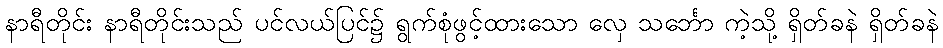
နာရီတိုင်း နာရီတိုင်းသည် ပင်လယ်ပြင်၌ ရွက်စုံဖွင့်ထားသော လှေ သင်္ဘော ကဲ့သို့ ရှိတ်ခနဲ ရှိတ်ခနဲ